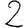
Digit: 2